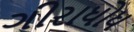
ગીરાધોધ